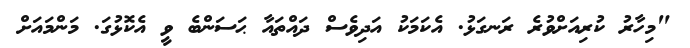
"މިހާރު ކުރިއަށްވުރެ ރަނގަޅު. އެކަމަކު އަދިވެސް ދައްތައާ ޙަސަންބެ ވީ އެކޮޅުގަ. މަންމައަށް